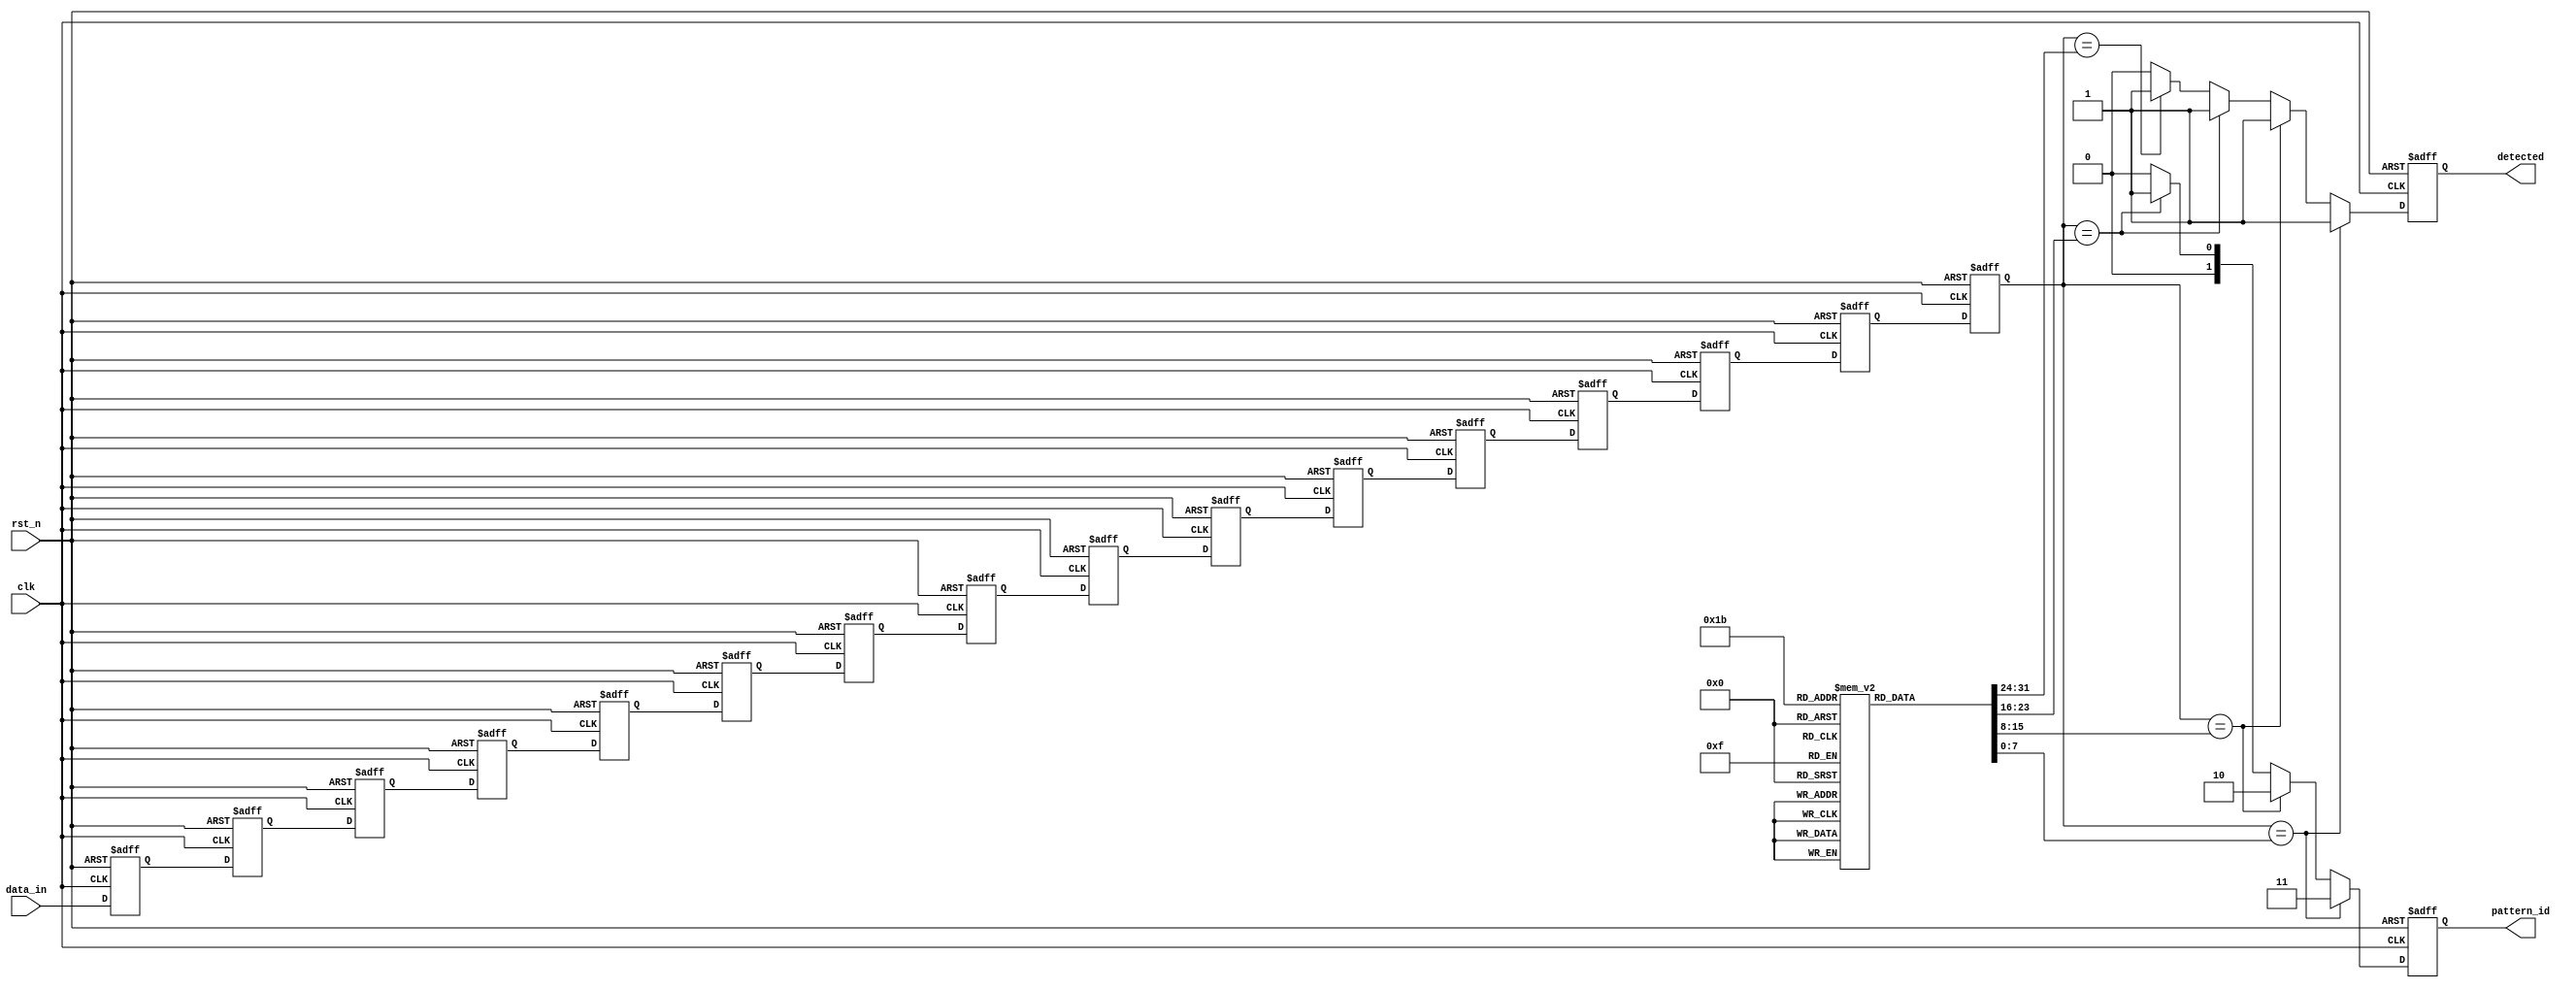
module MemoryBlocksSamplingDelayLineDetector #(
    parameter DATA_WIDTH = 8,         // Width of the input data
    parameter DELAY_LINE_DEPTH = 16,   // Depth of the delay line
    parameter PATTERN_WIDTH = 8,       // Width of the reference pattern
    parameter NUM_PATTERNS = 4         // Number of reference patterns
)(
    input wire clk,                    // Sampling clock
    input wire rst_n,                  // Active low reset
    input wire [DATA_WIDTH-1:0] data_in, // Input signal
    output reg detected,               // Detection output signal
    output reg [1:0] pattern_id        // Detected pattern identifier
);

    // Memory blocks for reference patterns
    reg [PATTERN_WIDTH-1:0] patterns [0:NUM_PATTERNS-1];
    initial begin
        // Initialize reference patterns (example patterns)
        patterns[0] = 8'b10101010;
        patterns[1] = 8'b11001100;
        patterns[2] = 8'b11110000;
        patterns[3] = 8'b00001111;
    end

    // Delay line to store sampled values
    reg [DATA_WIDTH-1:0] delay_line [0:DELAY_LINE_DEPTH-1];

    // Shift register for delay line
    integer i;
    always @(posedge clk or negedge rst_n) begin
        if (!rst_n) begin
            for (i = 0; i < DELAY_LINE_DEPTH; i = i + 1) begin
                delay_line[i] <= 0;
            end
            detected <= 0;
            pattern_id <= 0;
        end else begin
            // Shift the delay line
            for (i = DELAY_LINE_DEPTH-1; i > 0; i = i - 1) begin
                delay_line[i] <= delay_line[i-1];
            end
            delay_line[0] <= data_in; // Capture the new sample

            // Detection logic
            detected <= 0; // Reset detection flag
            pattern_id <= 0; // Reset pattern identifier
            for (i = 0; i < NUM_PATTERNS; i = i + 1) begin
                if (delay_line[DELAY_LINE_DEPTH-1] == patterns[i]) begin
                    detected <= 1; // Match found
                    pattern_id <= i; // Store the pattern ID
                end
            end
        end
    end

endmodule